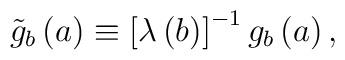
\tilde g_b\left( a\right) \equiv \left[ \lambda \left( b\right) \right]^{-1}g_b\left( a\right) ,